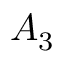
A _ { 3 }